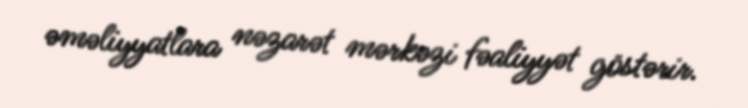
əməliyyatlara nəzarət mərkəzi fəaliyyət göstərir.